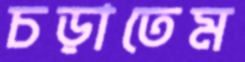
চড়াতেম